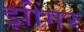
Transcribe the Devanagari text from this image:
झींगर